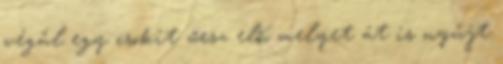
végül egy csokit vesz elő, melyet át is nyújt